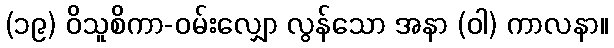
(၁၉) ဝိသူစိကာ-ဝမ်းလျှော လွန်သော အနာ (ဝါ) ကာလနာ။